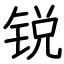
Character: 锐